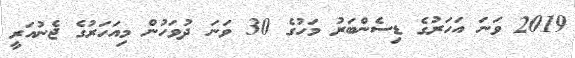
2019 ވަނަ އަހަރުގެ ޑިސެންބަރު މަހުގެ 30 ވަނަ ދުވަހުން މިއަހަރުގެ ޖެނުއަރީ